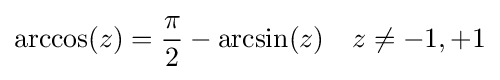
\arccos(z)={\frac {\pi }{2}}-\arcsin(z)\quad z\neq -1,+1